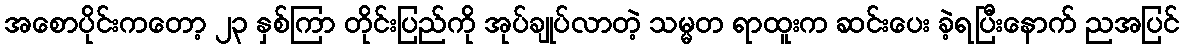
အစောပိုင်းကတော့ ၂၃ နှစ်ကြာ တိုင်းပြည်ကို အုပ်ချုပ်လာတဲ့ သမ္မတ ရာထူးက ဆင်းပေး ခဲ့ရပြီးနောက် ညအပြင်